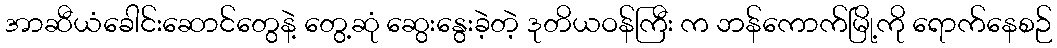
အာဆီယံခေါင်းဆောင်တွေနဲ့ တွေ့ဆုံ ဆွေးနွေးခဲ့တဲ့ ဒုတိယဝန်ကြီး က ဘန်ကောက်မြို့ကို ရောက်နေစဉ်